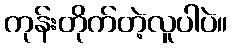
ကုန်းတိုက်တဲ့လူပါပဲ။